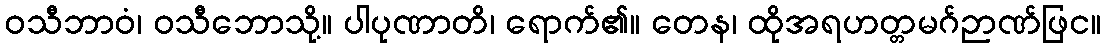
ဝသီဘာဝံ၊ ဝသီဘောသို့။ ပါပုဏာတိ၊ ရောက်၏။ တေန၊ ထိုအရဟတ္တမဂ်ဉာဏ်ဖြင။